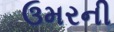
ઉમરની